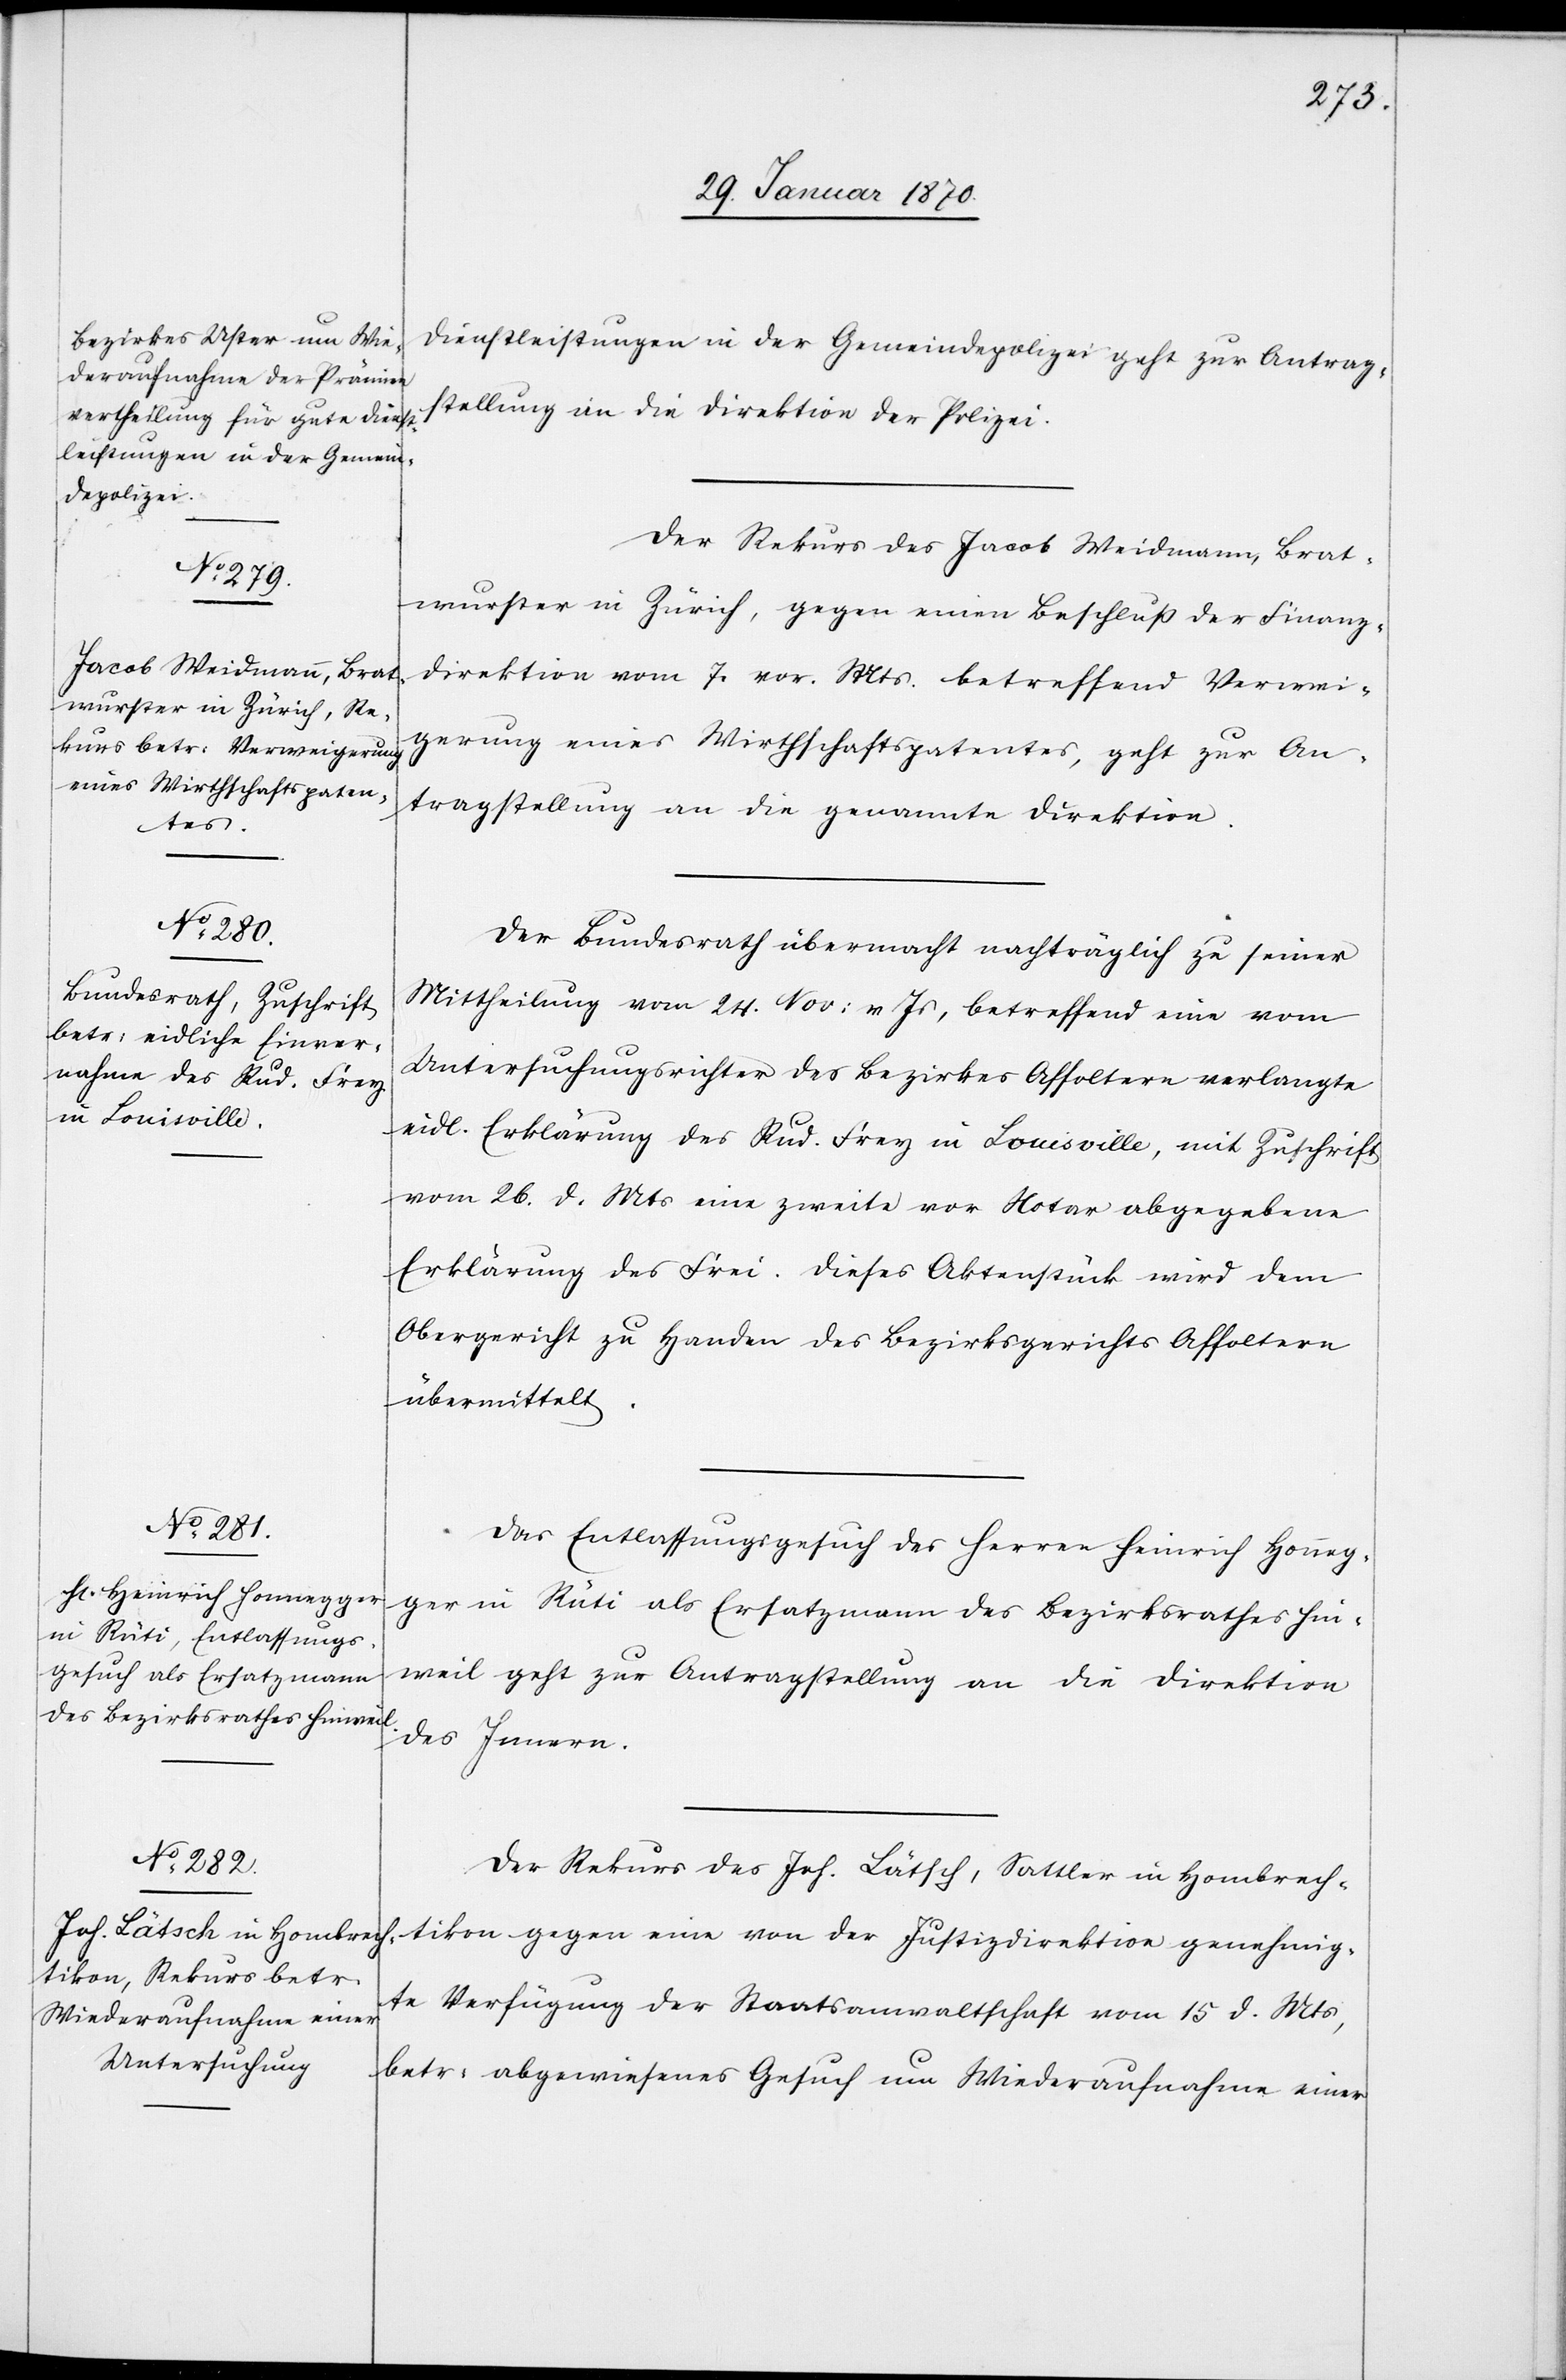
31.

Dienstleistungen in der Gemeindepolizei geht zur Antrag¬
stellung an die Direktion der Polizei.
Der Rekurs des Jacob Weidmann, Brat¬
wurster in Zürich, gegen einen Beschluß der Finanz¬
direktion vom 7. vor. Mts. betreffend Verwei¬
gerung eines Wirthschaftspatentes, geht zur An¬
tragstellung an die genannte Direktion.
Der Bundesrath übermacht nachträglich zu seiner
Mittheilung vom 24. Nov: v Js, betreffend eine vom
Untersuchungsrichter des Bezirkes Affoltern verlangte
eidl. Erklärung des Rud. Frey in Louisville, mit Zuschrift
vom 26. d. Mts eine zweite vor Notar abgegebene
Erklärung des Frei. Dieses Aktenstück wird dem
Obergericht zu Handen des Bezirksgerichts Affoltern
übermittelt.
Das Entlassungsgesuch des Herrn Heinrich Honneg¬
ger in Rüti als Ersatzmann des Bezirksrathes Hin¬
weil geht zur Antragsstellung an die Direktion
des Innern.
Der Rekurs des Joh. Lätsch, Sattler in Hombrech¬
tikon gegen eine von der Justizdirektion genehmig¬
te Verfügung der Staatsanwaltschaft vom 15 d. Mts,
betr: abgewiesenes Gesuch um Wiederaufnahme einer